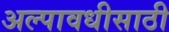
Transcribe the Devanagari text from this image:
अल्पावधीसाठी